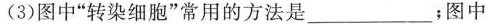
(3)图中”转染细胞”常用的方法是___；图中